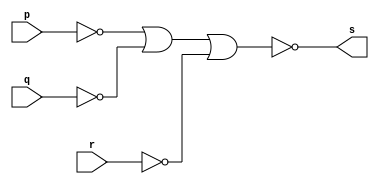
// ------------------------- 
// Exemplo0009 - AND  
// Nome: Michelle da Costa Silva
// ------------------------- 

// ------------------------- 
// -- and gate
// -------------------------
          module andgate (output s, input p, q, r); 
          assign s = ~(~p | ~q | ~r);  
          endmodule // andgate 
			 
// ------------------------- 
// -- test and gate 
// -------------------------
            module testandgate; 
			  
// ------------------------- dados locais 
            reg a, b, c; // definir registrador 
            wire s; // definir conexao (fio) 

// ------------------------- instancia 
            andgate AND1 (s, a, b, c); 
				 
// ------------------------- preparacao 
            initial begin:start 
              a=0; b=0; c=0;
             end 
				  
// ------------------------- parte principal 
      initial begin:main 
              $display("Exemplo 0009 - Michelle da Costa Silva - 427448"); 
              $display("\nTabela-verdade AND gate com 3 entradas"); 
              $display("\na b c s\n");
				  $monitor("%b %b %b %b", a, b, c, s); 
              a=0; b=0; c=0; 
           #1 a=0; b=0; c=1;
           #1 a=0; b=1; c=0;
           #1 a=0; b=1; c=1;
			  #1 a=1; b=0; c=0;
           #1 a=1; b=0; c=1;
           #1 a=1; b=1; c=0;
			  #1 a=1; b=1; c=1;
			     end 
              endmodule // testandgate